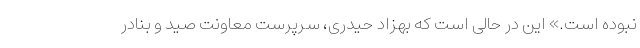
نبوده است.» این در حالی است که بهزاد حیدری، سرپرست معاونت صید و بنادر